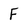
Character: F